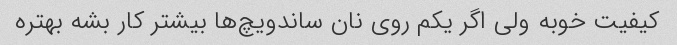
کیفیت خوبه ولی اگر یکم روی نان ساندویچ‌ها بیشتر کار بشه بهتره